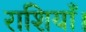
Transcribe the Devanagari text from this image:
राशियाँ।